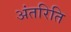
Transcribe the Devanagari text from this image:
अंतरिति